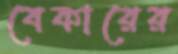
বেকারের